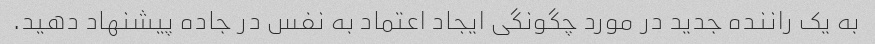
به یک راننده جدید در مورد چگونگی ایجاد اعتماد به نفس در جاده پیشنهاد دهید.